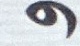
و